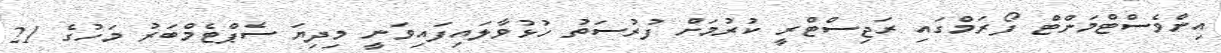
އިންވެސްޓްމަންޓް ފޯރަމްގައި ރަޖިސްޓްރީ ކުރުމަށް ފުރުސަތު ހުޅުވާލައިފައިވަނީ މިދިޔަ ސެޕްޓެމްބަރު މަހުގެ 21